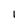
Character: I